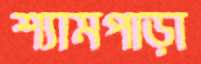
শ্যামপাড়া